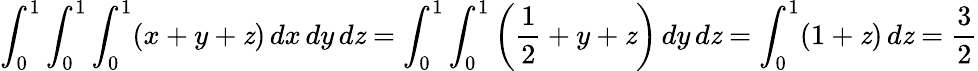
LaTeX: \int_{0}^{1}\int_{0}^{1}\int_{0}^{1}(x+y+\mathit{z})\, dx\, dy\, d\mathit{z}=\int_{0}^{1}\int_{0}^{1}\left({\frac{{1}}{{2}}}+y+\mathit{z}\right)\, dy\, d\mathit{z}=\int_{0}^{1}(1+\mathit{z})\, d\mathit{z}={\frac{{3}}{{2}}}